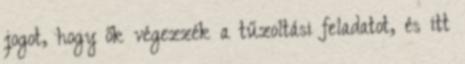
jogot, hogy ők végezzék a tűzoltási feladatot, és itt